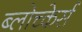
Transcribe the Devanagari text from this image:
ब्लोच्केर्स